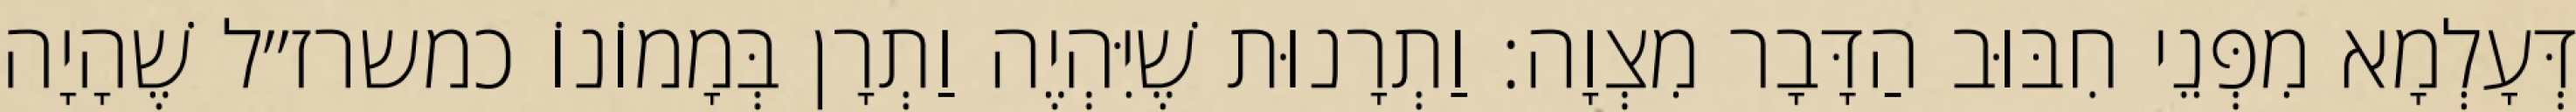
דְּעָלְמָא מִפְּנֵי חִבּוּב הַדָּבָר מִצְוָה: וַתְרָנוּת שֶׁיִּהְיֶה וַתְרָן בְּמָמוֹנוֹ כמשרז״ל שֶׁהָיָה